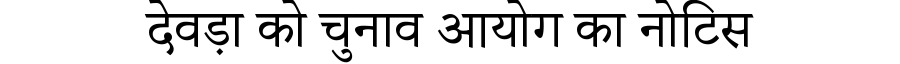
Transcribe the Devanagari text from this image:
देवड़ा को चुनाव आयोग का नोटिस